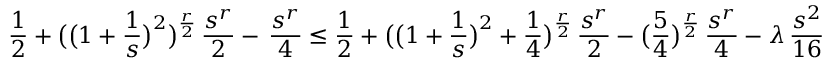
\frac { 1 } { 2 } + \bigl ( \bigl ( 1 + \frac { 1 } { s } \bigr ) ^ { 2 } \bigr ) ^ { \frac { r } { 2 } } \, \frac { s ^ { r } } { 2 } - \, \frac { s ^ { r } } { 4 } \le \frac { 1 } { 2 } + \bigl ( \bigl ( 1 + \frac { 1 } { s } \bigr ) ^ { 2 } + \frac { 1 } { 4 } \bigr ) ^ { \frac { r } { 2 } } \, \frac { s ^ { r } } { 2 } - \bigl ( \frac { 5 } { 4 } \bigr ) ^ { \frac { r } { 2 } } \, \frac { s ^ { r } } { 4 } - \lambda \, \frac { s ^ { 2 } } { 1 6 }